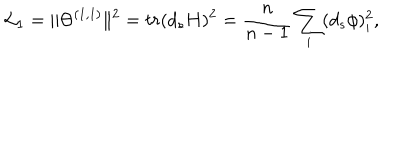
{ \cal L } _ { 1 } = \Vert \Theta ^ { ( 1 , 1 ) } \Vert ^ { 2 } = t r ( d _ { s } H ) ^ { 2 } = \frac { n } { n - 1 } \sum _ { i } ( d _ { s } \phi ) _ { i } ^ { 2 } ,